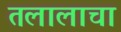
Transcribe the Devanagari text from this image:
तलालाचा